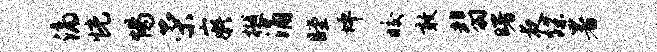
滴恍惕荣嶷樾涌瞠坪皎敢翡曙夜蹀暑